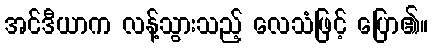
အင်ဒီယာက လန့်သွားသည့် လေသံဖြင့် ပြော၏။